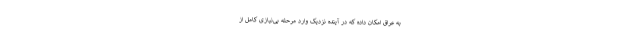
به عراق امکان داده که در آینده نزدیک وارد مرحله بی‌نیازی کامل از